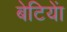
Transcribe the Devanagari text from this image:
बेटियाें